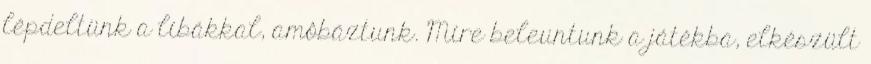
lépdeltünk a libákkal, amôbáztunk. Mire beleuntunk a játékba, elkészült